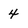
Character: 4